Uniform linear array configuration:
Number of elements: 24
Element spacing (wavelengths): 0.75
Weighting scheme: hann
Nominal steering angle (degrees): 0
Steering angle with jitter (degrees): -0.1102
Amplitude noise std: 0.05
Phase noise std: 0.05

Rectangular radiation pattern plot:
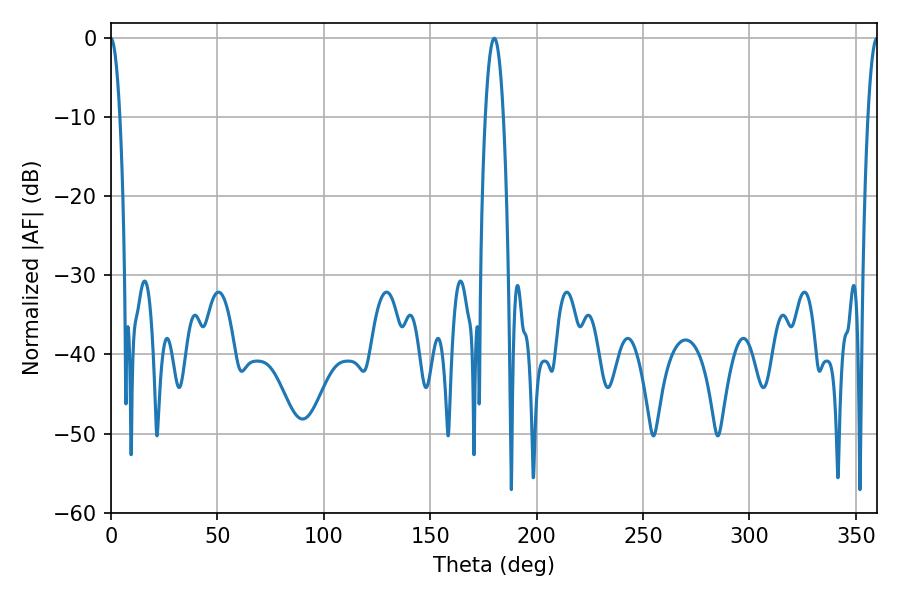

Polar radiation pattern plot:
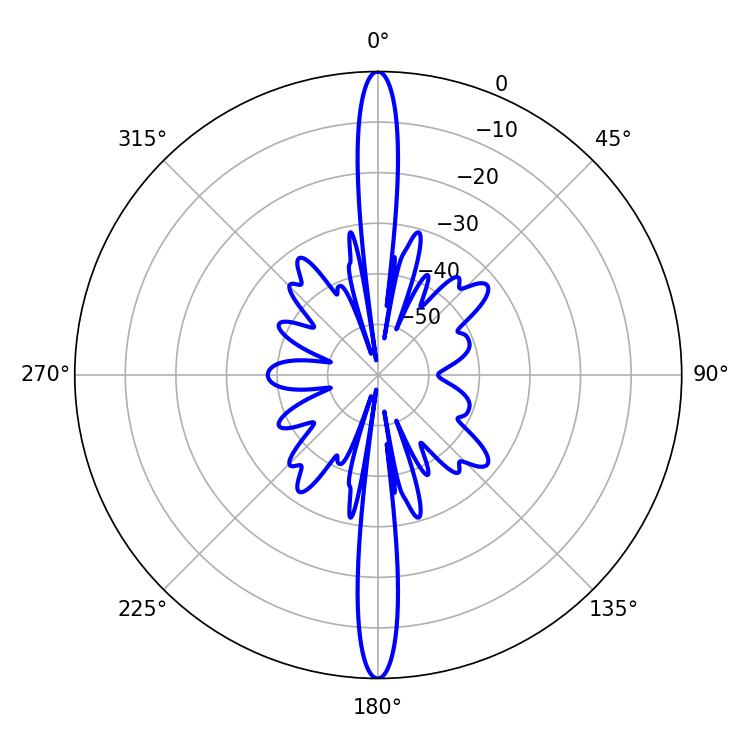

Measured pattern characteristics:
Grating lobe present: TRUE
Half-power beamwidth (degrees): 4.68
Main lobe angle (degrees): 180.18